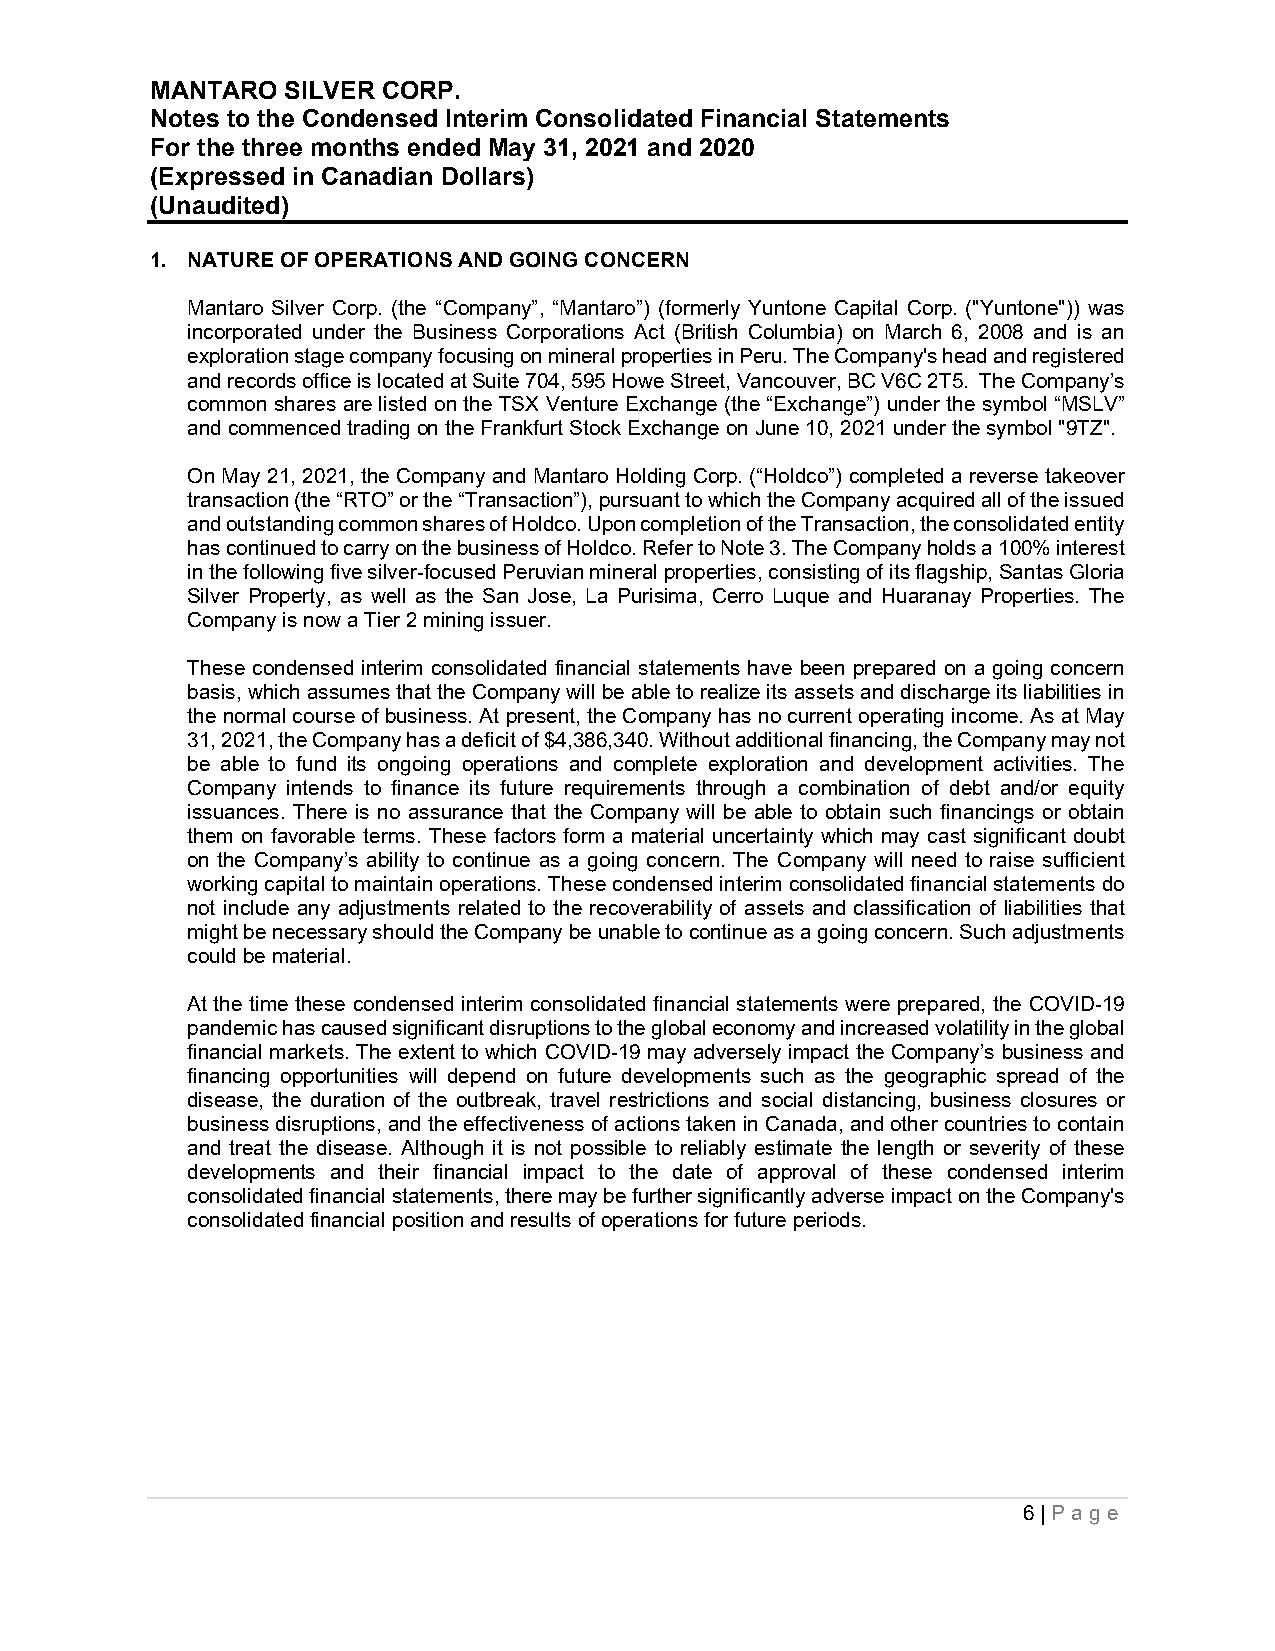
MANTARO  SILVER CORP.
 Notes to the Condensed Interim Consolidated Financial Statements
 For the three months ended May 31, 2021 and 2020
 (Expressed in Canadian Dollars)
 (Unaudited)
 1. NATURE OF OPERATIONS AND GOING CONCERN
 Mantaro Silver Corp. (the “Company”, “Mantaro”) (formerly Yuntone Capital Corp. ("Yuntone")) was
 incorporated under the Business Corporations Act (British Columbia) on March 6, 2008 and is an
 exploration stage company focusing on mineral properties in Peru. The Company's head and registered
 and records office is located at Suite 704, 595 Howe Street, Vancouver, BC V6C 2T5. The Company’s
 common shares are listed on the TSX Venture Exchange (the “Exchange”) under the symbol “MSLV”
 and commenced trading on the Frankfurt Stock Exchange on June 10, 2021 under the symbol "9TZ".
 On May 21, 2021, the Company and Mantaro Holding Corp. (“Holdco”) completed a reverse takeover
 transaction (the “RTO” or the “Transaction”), pursuant to which the Company acquired all of the issued
 and outstanding common shares of Holdco. Upon completion of the Transaction, the consolidated entity
 has continued to carry on the business of Holdco. Refer to Note 3. The Company holds a 100% interest
 in the following five silver-focused Peruvian mineral properties, consisting of its flagship, Santas Gloria
 Silver Property, as well as the San Jose, La Purisima, Cerro Luque and Huaranay Properties. The
 Company is now a Tier 2 mining issuer.
 These condensed interim consolidated financial statements have been prepared on a going concern
 basis, which assumes that the Company will be able to realize its assets and discharge its liabilities in
 the normal course of business. At present, the Company has no current operating income. As at May
 31, 2021, the Company has a deficit of $4,386,340. Without additional financing, the Company may not
 be able to fund its ongoing operations and complete exploration and development activities. The
 Company intends to finance its future requirements through a combination of debt and/or equity
 issuances. There is no assurance that the Company will be able to obtain such financings or obtain
 them on favorable terms. These factors form a material uncertainty which may cast significant doubt
 on the Company’s ability to continue as a going concern. The Company will need to raise sufficient
 working capital to maintain operations. These condensed interim consolidated financial statements do
 not include any adjustments related to the recoverability of assets and classification of liabilities that
 might be necessary should the Company be unable to continue as a going concern. Such adjustments
 could be material.
 At the time these condensed interim consolidated financial statements were prepared, the COVID-19
 pandemic has caused significant disruptions to the global economy and increased volatility in the global
 financial markets. The extent to which COVID-19 may adversely impact the Company’s business and
 financing opportunities will depend on future developments such as the geographic spread of the
 disease, the duration of the outbreak, travel restrictions and social distancing, business closures or
 business disruptions, and the effectiveness of actions taken in Canada, and other countries to contain
 and treat the disease. Although it is not possible to reliably estimate the length or severity of these
 developments and their financial impact to the date of approval of these condensed interim
 consolidated financial statements, there may be further significantly adverse impact on the Company's
 consolidated financial position and results of operations for future periods.
 6 | Pa ge